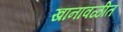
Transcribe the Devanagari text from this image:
खानावळीत